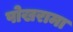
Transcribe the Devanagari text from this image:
पोखरामा